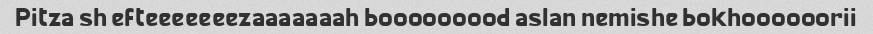
Pitza sh efteeeeeeezaaaaaaah booooooood aslan nemishe bokhoooooorii